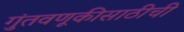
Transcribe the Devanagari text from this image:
गुंतवणूकीसाठीची